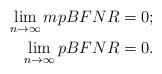
LaTeX: \begin{align*}\lim_{n\rightarrow\infty}mpBFNR &= 0;\\\lim_{n\rightarrow\infty}pBFNR &= 0.\end{align*}